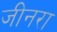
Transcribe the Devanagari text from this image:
जीनरा